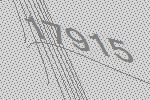
17915